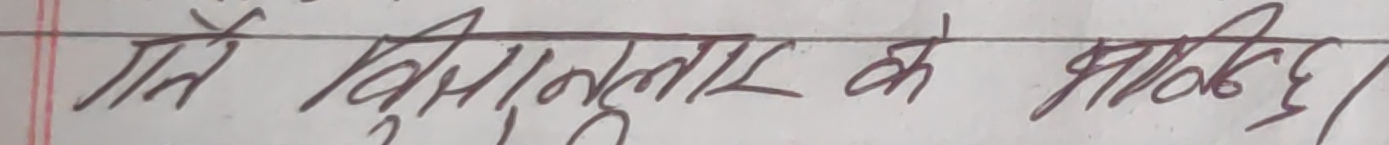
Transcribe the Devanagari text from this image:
मैं विशुद्धता के समर्थक।